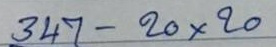
347 - 20x20